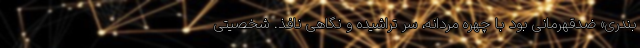
بندری» ضدقهرمانی بود با چهره مردانه، سر تراشیده و نگاهی نافذ. شخصیتی